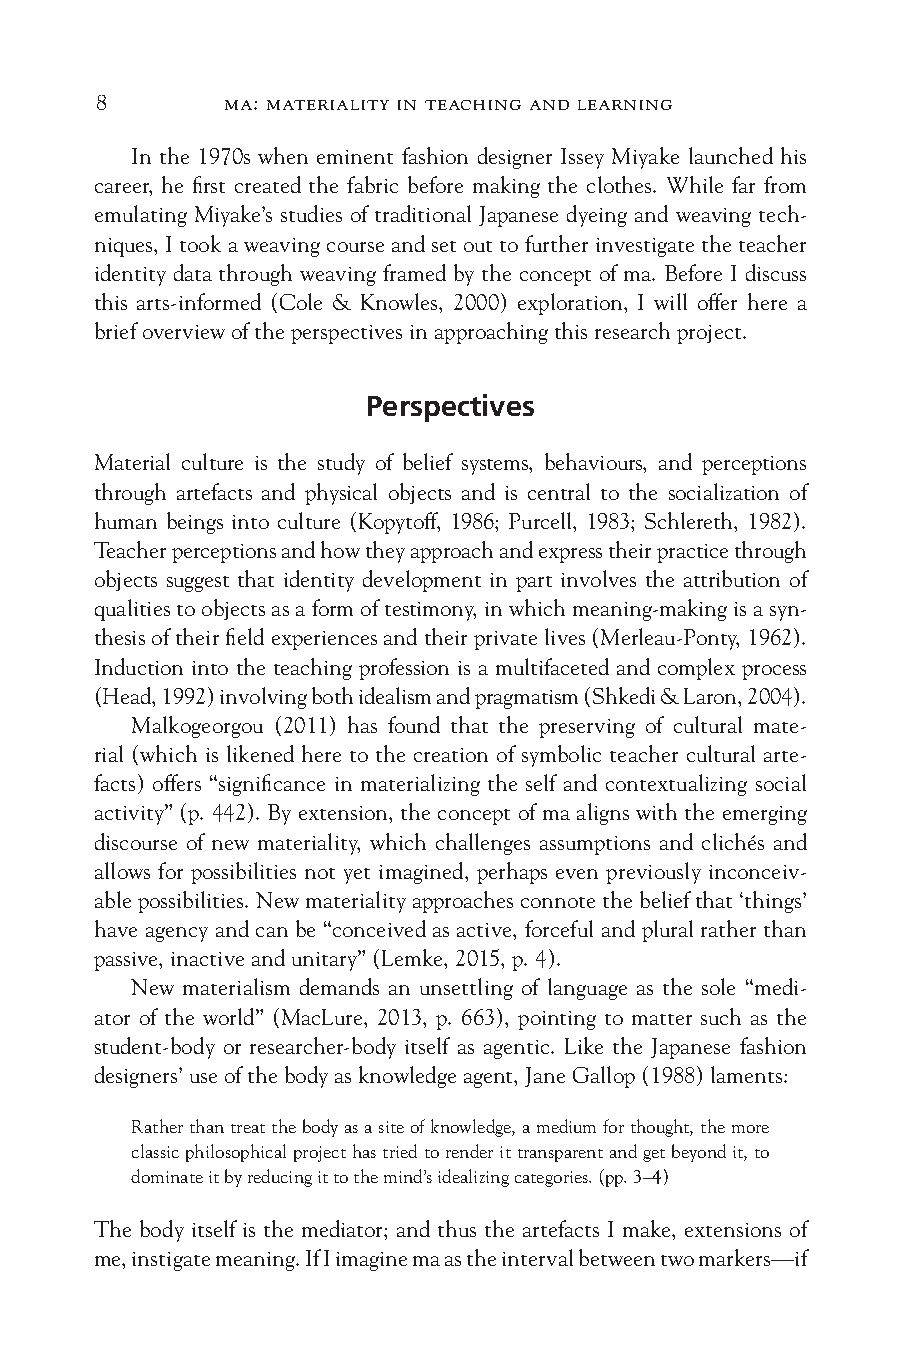
8        ma: materiality in teaching and learning
 In the 1970s when eminent fashion designer Issey Miyake launched his
 career, he first created the fabric before making the clothes. While far from
 emulating Miyake’s studies of traditional Japanese dyeing and weaving tech-
 niques, I took a weaving course and set out to further investigate the teacher
 identity data through weaving framed by the concept of ma. Before I discuss
 this arts-informed (Cole & Knowles, 2000) exploration, I will offer here a
 brief overview of the perspectives in approaching this research project.
 Perspectives
 Material culture is the study of belief systems, behaviours, and perceptions
 through artefacts and physical objects and is central to the socialization of
 human beings into culture (Kopytoff, 1986; Purcell, 1983; Schlereth, 1982).
 Teacher perceptions and how they approach and express their practice through
 objects suggest that identity development in part involves the attribution of
 qualities to objects as a form of testimony, in which meaning-making is a syn-
 thesis of their field experiences and their private lives (Merleau-Ponty, 1962).
 Induction into the teaching profession is a multifaceted and complex process
 (Head, 1992) involving both idealism and pragmatism (Shkedi & Laron, 2004).
 Malkogeorgou (2011) has found that the preserving of cultural mate-
 rial (which is likened here to the creation of symbolic teacher cultural arte-
 facts) offers “significance in materializing the self and contextualizing social
 activity” (p. 442). By extension, the concept of ma aligns with the emerging
 discourse of new materiality, which challenges assumptions and clichés and
 allows for possibilities not yet imagined, perhaps even previously inconceiv-
 able possibilities. New materiality approaches connote the belief that ‘things’
 have agency and can be “conceived as active, forceful and plural rather than
 passive, inactive and unitary” (Lemke, 2015, p. 4).
 New materialism demands an unsettling of language as the sole “medi-
 ator of the world” (MacLure, 2013, p. 663), pointing to matter such as the
 student-body or researcher-body itself as agentic. Like the Japanese fashion
 designers’ use of the body as knowledge agent, Jane Gallop (1988) laments:
 Rather than treat the body as a site of knowledge, a medium for thought, the more
 classic philosophical project has tried to render it transparent and get beyond it, to
 dominate it by reducing it to the mind’s idealizing categories. (pp. 3–4)
 The body itself is the mediator; and thus the artefacts I make, extensions of
 me, instigate meaning. If I imagine ma as the interval between two markers—if